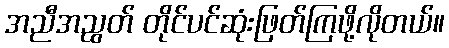
အညီအညွတ် တိုင်ပင်ဆုံးဖြတ်ကြဖို့လိုတယ်။